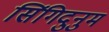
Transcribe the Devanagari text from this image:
सिंगिदुनुम